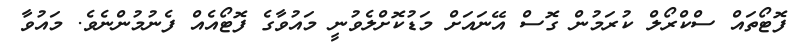
ފޮޓޯތައް ސްކްރޯލް ކުރަމުން ގޮސް އޭނައަށް މަޑުކޮށްލެވުނީ މައުވާގެ ފޮޓޯއެއް ފެނުމުންނެވެ. މައުވާ